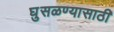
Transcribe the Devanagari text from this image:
घुसळण्यासाठी